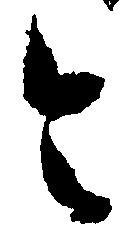
令